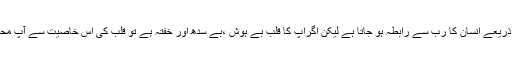
قلب کے ذریعے انسان کا رب سے رابطہ ہو جاتا ہے لیکن اگرآپ کا قلب بے ہوش ،بے سدھ اور خفتہ ہے تو قلب کی اس خاصیت سے آپ محروم ہیں ۔